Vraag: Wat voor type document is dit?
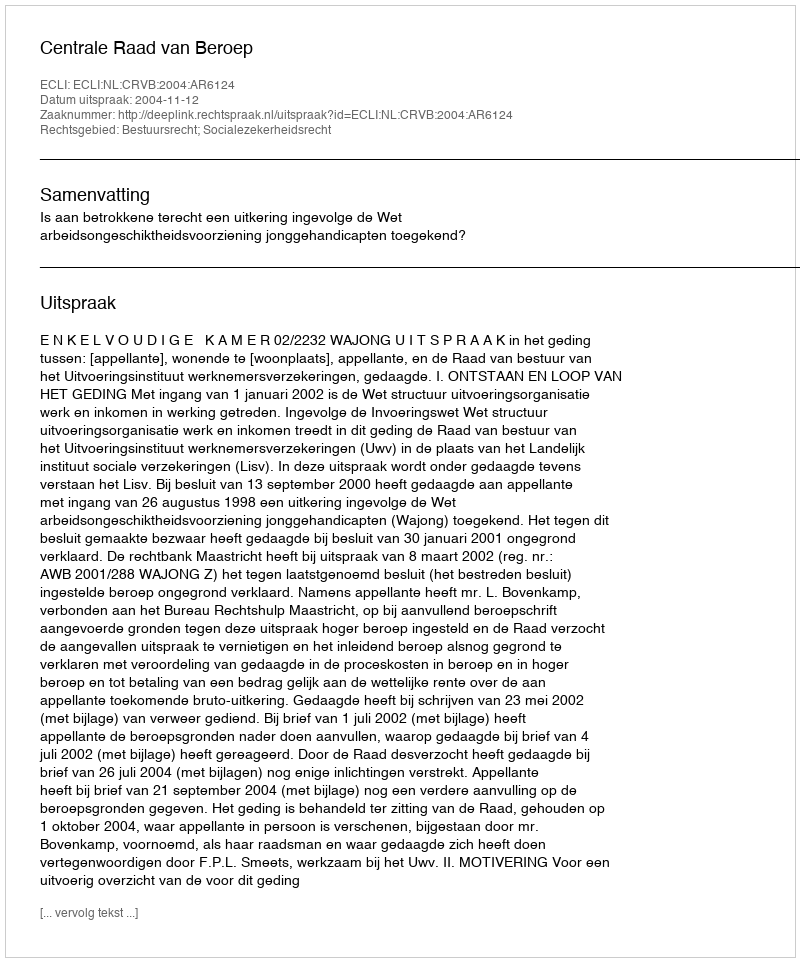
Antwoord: Uitspraak